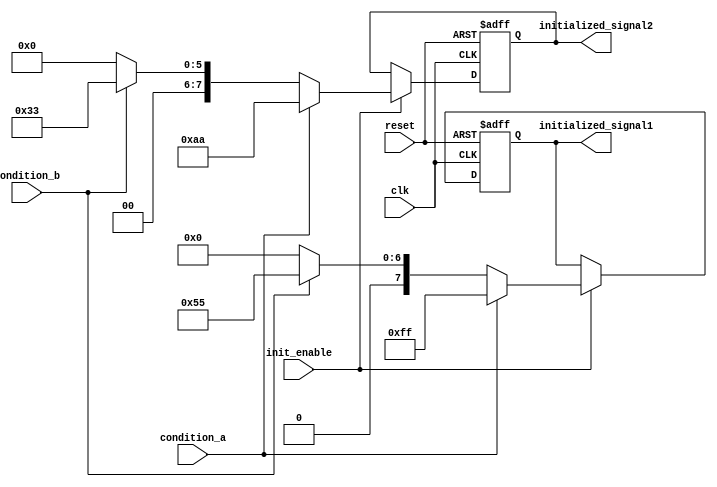
module ConditionalInitialization (
    input wire clk,                // Clock signal
    input wire reset,              // Reset signal
    input wire init_enable,        // Control signal for initialization
    input wire condition_a,        // Condition signal A
    input wire condition_b,        // Condition signal B
    output reg [7:0] initialized_signal1, // Initialized signal 1
    output reg [7:0] initialized_signal2  // Initialized signal 2
);

// Initialization logic occurs on the rising edge of the clock
always @(posedge clk or posedge reset) begin
    if (reset) begin
        // On reset, set initialized signals to default values
        initialized_signal1 <= 8'h00;
        initialized_signal2 <= 8'h00;
    end else if (init_enable) begin
        // Conditional initialization based on the provided conditions
        if (condition_a) begin
            initialized_signal1 <= 8'hFF; // Example value when condition_a is true
            initialized_signal2 <= 8'hAA; // Another example value
        end else if (condition_b) begin
            initialized_signal1 <= 8'h55; // Example value when condition_b is true
            initialized_signal2 <= 8'h33; // Another example value
        end else begin
            // Default initialization values if no conditions are met
            initialized_signal1 <= 8'h00;
            initialized_signal2 <= 8'h00;
        end
    end
end

endmodule